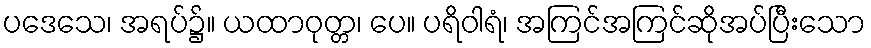
ပဒေသေ၊ အရပ်၌။ ယထာဝုတ္တ၊ ပေ။ ပရိဝါရံ၊ အကြင်အကြင်ဆိုအပ်ပြီးသော